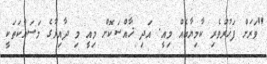
"ވަރަށް ފަޚުރުވެރި ކާމިޔާބެއް މިއީ. އަދި ޚާއްސަކޮށް މިއީ މި ދާއިރާގެ މަސައްކަތަކީ